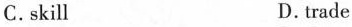
C.skill D.-trade